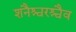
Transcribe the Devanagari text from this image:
शनैश्चरश्चैव